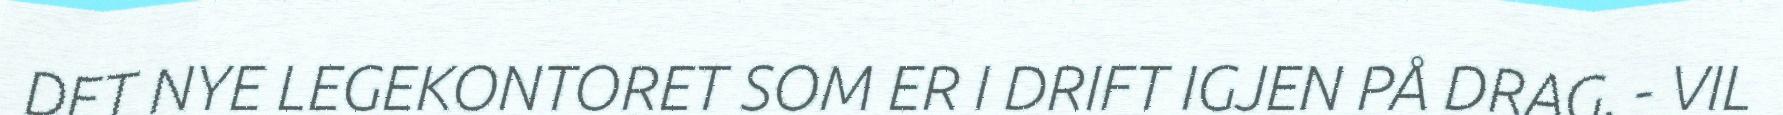
DET NYE LEGEKONTORET SOM ER I DRIFT IGJEN PÅ DRAG. - VIL